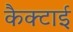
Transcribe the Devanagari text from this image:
कैक्टाई